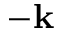
\mathbf { - k }